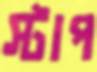
স্টাপ